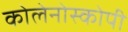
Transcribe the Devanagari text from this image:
कोलेनोस्कोपी